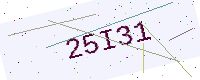
Text: 25I31